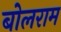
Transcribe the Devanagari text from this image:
बोलराम